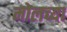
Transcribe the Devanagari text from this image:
मोलच्या